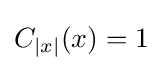
C_{|x|}(x)=1